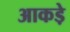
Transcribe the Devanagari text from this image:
आकडे़